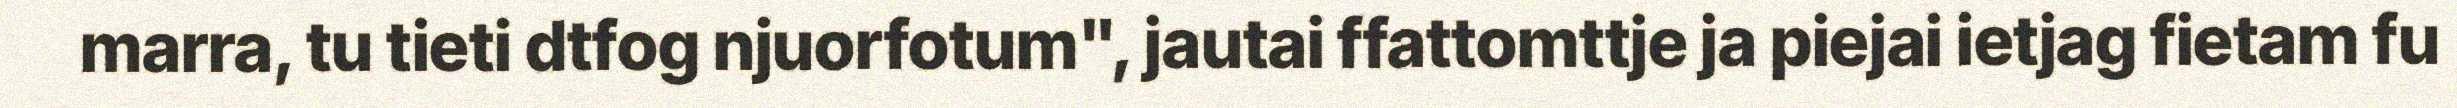
marra, tu tieti dtfog njuorfotum", jautai ffattomttje ja piejai ietjag fietam fu